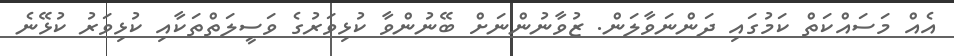
އެއް މަސައްކަތް ކަމުގައި ދަންނަވާލަން. ޒުވާނުންނަށް ބޭނުންވާ ކުޅިވަރުގެ ވަސީލަތްތަކާއި ކުޅިވަރު ކުޅޭނެ